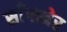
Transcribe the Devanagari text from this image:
साँगानेर